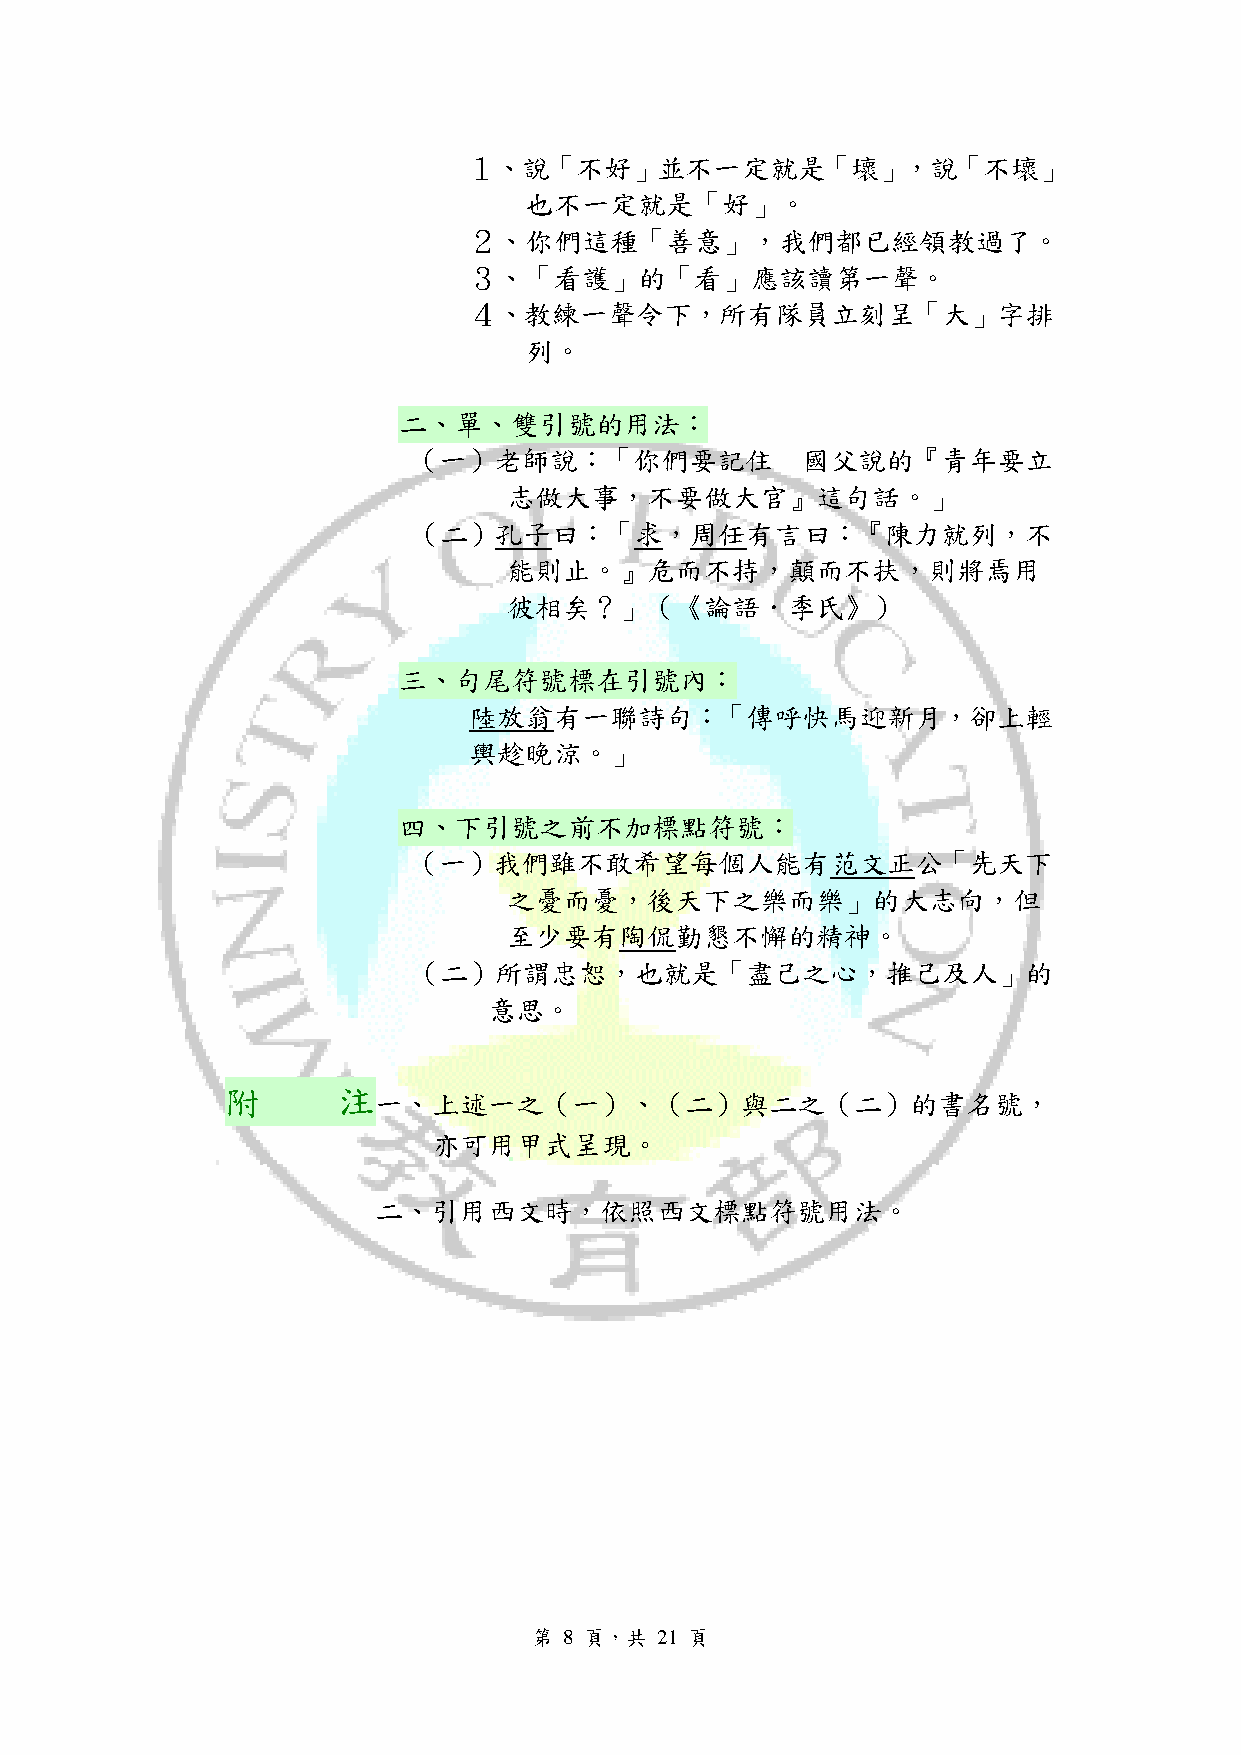
１、說「不好」並不一定就是「壞」，說「不壞」
 也不一定就是「好」。
 ２、你們這種「善意」，我們都已經領教過了。
 ３、「看護」的「看」應該讀第一聲。
 ４、教練一聲令下，所有隊員立刻呈「大」字排
 列。
 二、單、雙引號的用法：
 （一）老師說：「你們要記住             國父說的『青年要立
 志做大事，不要做大官』這句話。」
 （二）孔子曰：「求，周任有言曰：『陳力就列，不
 能則止。』危而不持，顛而不扶，則將焉用
 彼相矣？」（《論語．季氏》）
 三、句尾符號標在引號內：
 陸放翁有一聯詩句：「傳呼快馬迎新月，卻上輕
 輿趁晚涼。」
 四、下引號之前不加標點符號：
 （一）我們雖不敢希望每個人能有范文正公「先天下
 之憂而憂，後天下之樂而樂」的大志向，但
 至少要有陶侃勤懇不懈的精神。
 （二）所謂忠恕，也就是「盡己之心，推己及人」的
 意思。
 附      注
 一、上述一之（一）、（二）與二之（二）的書名號，
 亦可用甲式呈現。
 二、引用西文時，依照西文標點符號用法。
 第 8 頁，共 21 頁